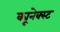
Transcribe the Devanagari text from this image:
क्यूनेक्स्ट